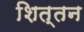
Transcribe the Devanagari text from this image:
शित्तन